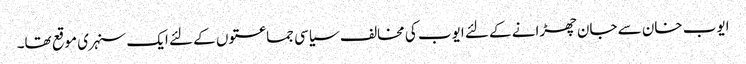
ایوب خان سے جان چھڑانے کے لئے ایوب کی مخالف سیاسی جماعتوں کے لئے ایک سنہری موقع تھا۔